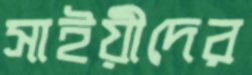
সাইয়ীদের